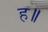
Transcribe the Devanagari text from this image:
ह॥